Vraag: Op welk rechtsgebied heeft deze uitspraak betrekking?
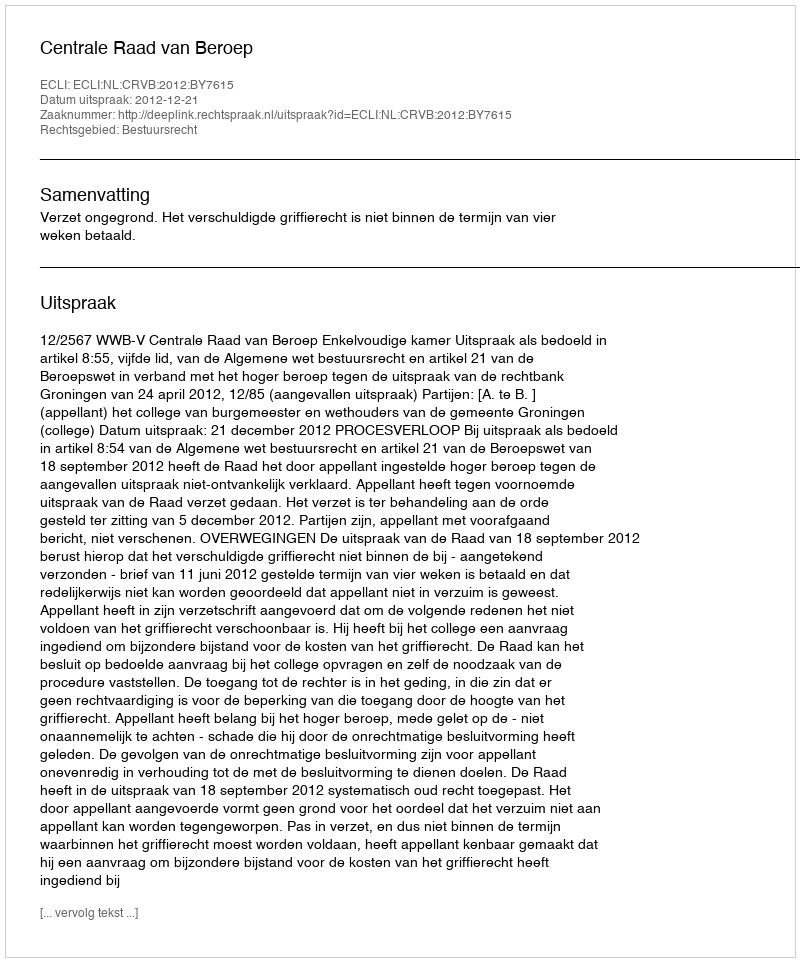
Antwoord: Bestuursrecht